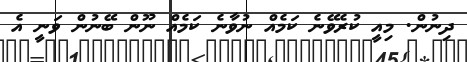
ދިނުން. މިއީ ކުރެވޭނެ ކަމެއް ނުވާނެ ކަމެއް ނޫން ބޭނުން ވަނީ އެ